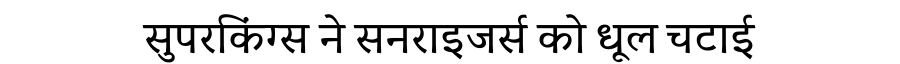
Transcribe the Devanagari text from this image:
सुपरकिंग्स ने सनराइजर्स को धूल चटाई